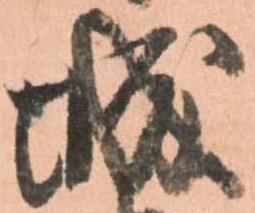
城